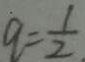
q = \frac { 1 } { 2 }